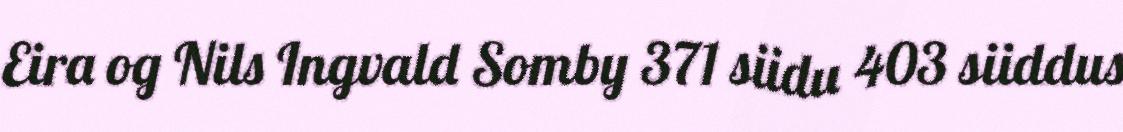
Eira og Nils Ingvald Somby 371 siidu 403 siiddus